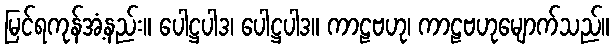
မြင်ရကုန်အံ့နည်း။ ပေါဋ္ဌပါဒ၊ ပေါဋ္ဌပါဒ။ ကာဠဗဟု၊ ကာဠဗဟုမျောက်သည်။